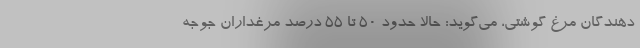
دهندگان مرغ گوشتی، می‌گوید: حالا حدود ۵۰ تا ۵۵ درصد مرغداران جوجه